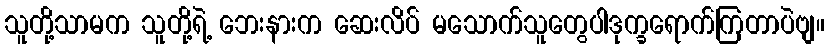
သူတို့သာမက သူတို့ရဲ့ ဘေးနားက ဆေးလိပ် မသောက်သူတွေပါဒုက္ခရောက်ကြတာပဲဗျ။